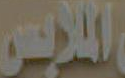
الملابس